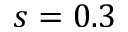
s = 0 . 3